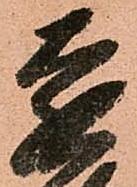
遠